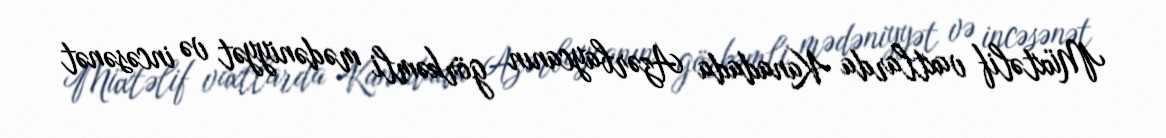
Müxtəlif vaxtlarda Kanadada Azərbaycanın görkəmli mədəniyyət və incəsənət